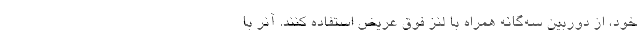
خود، از دوربین سه‌گانه همراه با لنز فوق عریض استفاده کنند. آنر با